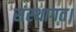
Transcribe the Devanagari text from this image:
संस्थागत।